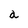
Character: a